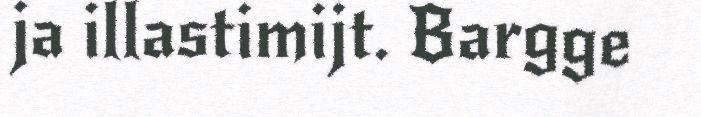
ja illastimijt. Bargge